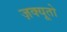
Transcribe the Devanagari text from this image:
ज़क्यूतो